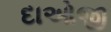
દાઓજી